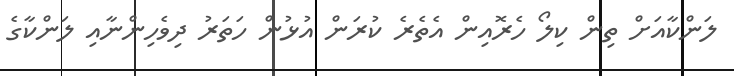
ލަންކާއަށް ތިން ކިލޯ ހެރޮއިން އެތެރެ ކުރަން އުޅުން ހަތަރު ދިވެހިންނާއި ލަންކާގެ